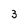
Character: 3